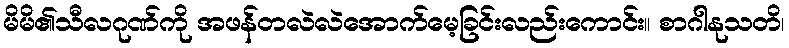
မိမိ၏သီလဂုဏ်ကို အဖန်တလဲလဲအောက်မေ့ခြင်းလည်းကောင်း။ စာဂါနုသတိ၊